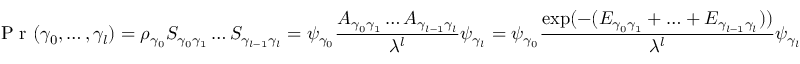
{ \textrm { P r } } ( \gamma _ { 0 } , \ldots , \gamma _ { l } ) = \rho _ { \gamma _ { 0 } } S _ { \gamma _ { 0 } \gamma _ { 1 } } \ldots S _ { \gamma _ { l - 1 } \gamma _ { l } } = \psi _ { \gamma _ { 0 } } { \frac { A _ { \gamma _ { 0 } \gamma _ { 1 } } \ldots A _ { \gamma _ { l - 1 } \gamma _ { l } } } { \lambda ^ { l } } } \psi _ { \gamma _ { l } } = \psi _ { \gamma _ { 0 } } { \frac { \exp ( - ( E _ { \gamma _ { 0 } \gamma _ { 1 } } + \ldots + E _ { \gamma _ { l - 1 } \gamma _ { l } } ) ) } { \lambda ^ { l } } } \psi _ { \gamma _ { l } }